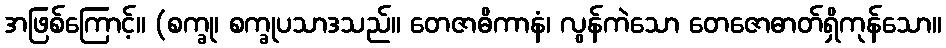
အဖြစ်ကြောင့်။ (စက္ခု၊ စက္ခုပသာဒသည်။ တေဇာဓိကာနံ၊ လွန်ကဲသော တေဇောဓာတ်ရှိကုန်သော။